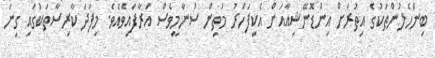
ބިންހެލުންތަކުގެ އިތުރަށް އިންޑޮނޭޝިއާއަށް އެކިފަހަރު މަތިން ސުނާމީވެސް އަރާފައިވެއެެވެ. މިފަދަ ކާރިސާތަކުގައި ގިނަ